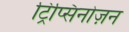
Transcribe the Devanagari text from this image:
ट्रिप्सिनोज़न